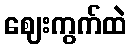
ဈေးကွက်ထဲ